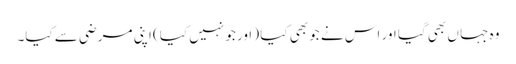
وہ جہا ں بھی گیا اور اس نے جو بھی کیا ( اور جو نہیں کیا) اپنی مرضی سے کیا۔